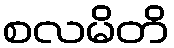
စလမိတိ